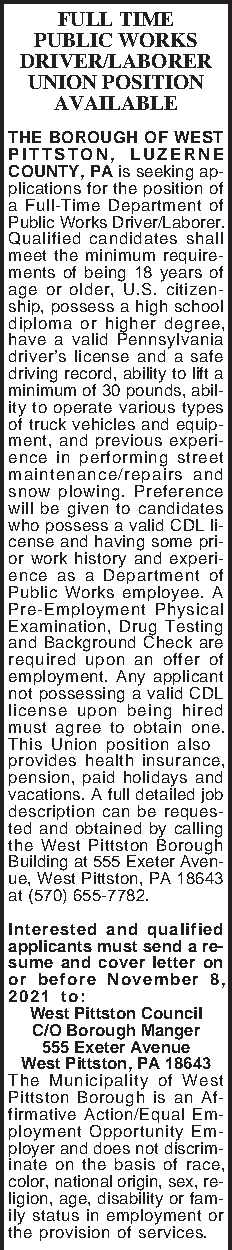
FULL TIME
 PUBLIC WORKS
 DRIVER/LABORER
 UNION POSITION
 AVAILABLE
 THE BOROUGH OF WEST
 PITTSTON, LUZERNE
 COUNTY, PA is seeking ap-
 plications for the position of
 a Full-Time Department of
 Public Works Driver/Laborer.
 Qualified candidates shall
 meet the minimum require-
 ments of being 18 years of
 age or older, U.S. citizen-
 ship, possess a high school
 diploma or higher degree,
 have a valid Pennsylvania
 driver’s license and a safe
 driving record, ability to lift a
 minimum of 30 pounds, abil-
 ity to operate various types
 of truck vehicles and equip-
 ment, and previous experi-
 ence in performing street
 maintenance/repairs and
 snow plowing. Preference
 will be given to candidates
 who possess a valid CDL li-
 cense and having some pri-
 or work history and experi-
 ence as a Department of
 Public Works employee. A
 Pre-Employment Physical
 Examination, Drug Testing
 and Background Check are
 required upon an offer of
 employment. Any applicant
 not possessing a valid CDL
 license upon being hired
 must agree to obtain one.
 This Union position also
 provides health insurance,
 pension, paid holidays and
 vacations. A full detailed job
 description can be reques-
 ted and obtained by calling
 the West Pittston Borough
 Building at 555 Exeter Aven-
 ue, West Pittston, PA 18643
 at (570) 655-7782.
 Interested and qualified
 applicants must send a re-
 sume and cover letter on
 or before November 8,
 2021 to:
 West Pittston Council
 C/O Borough Manger
 555 Exeter Avenue
 West Pittston, PA 18643
 The Municipality of West
 Pittston Borough is an Af-
 firmative Action/Equal Em-
 ployment Opportunity Em-
 ployer and does not discrim-
 inate on the basis of race,
 color, national origin, sex, re-
 ligion, age, disability or fam-
 ily status in employment or
 the provision of services.